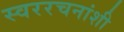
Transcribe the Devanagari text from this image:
स्वररचनांशी